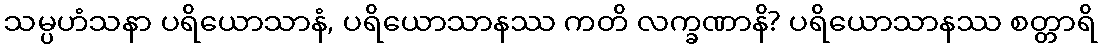
သမ္ပဟံသနာ ပရိယောသာနံ, ပရိယောသာနဿ ကတိ လက္ခဏာနိ? ပရိယောသာနဿ စတ္တာရိ